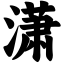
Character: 潇